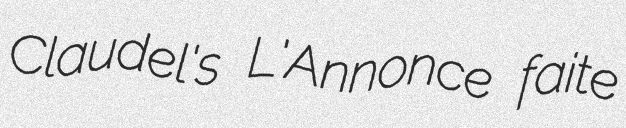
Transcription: Claudel's L'Annonce faite